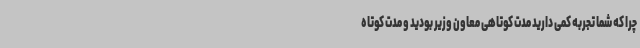
چرا که شما تجربه کمی دارید مدت کوتاهی معاون وزیر بودید و مدت کوتاه